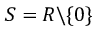
S = R \backslash \{ 0 \}